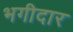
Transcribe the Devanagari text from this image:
भगीदार